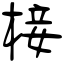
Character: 椄